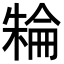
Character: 𣘈